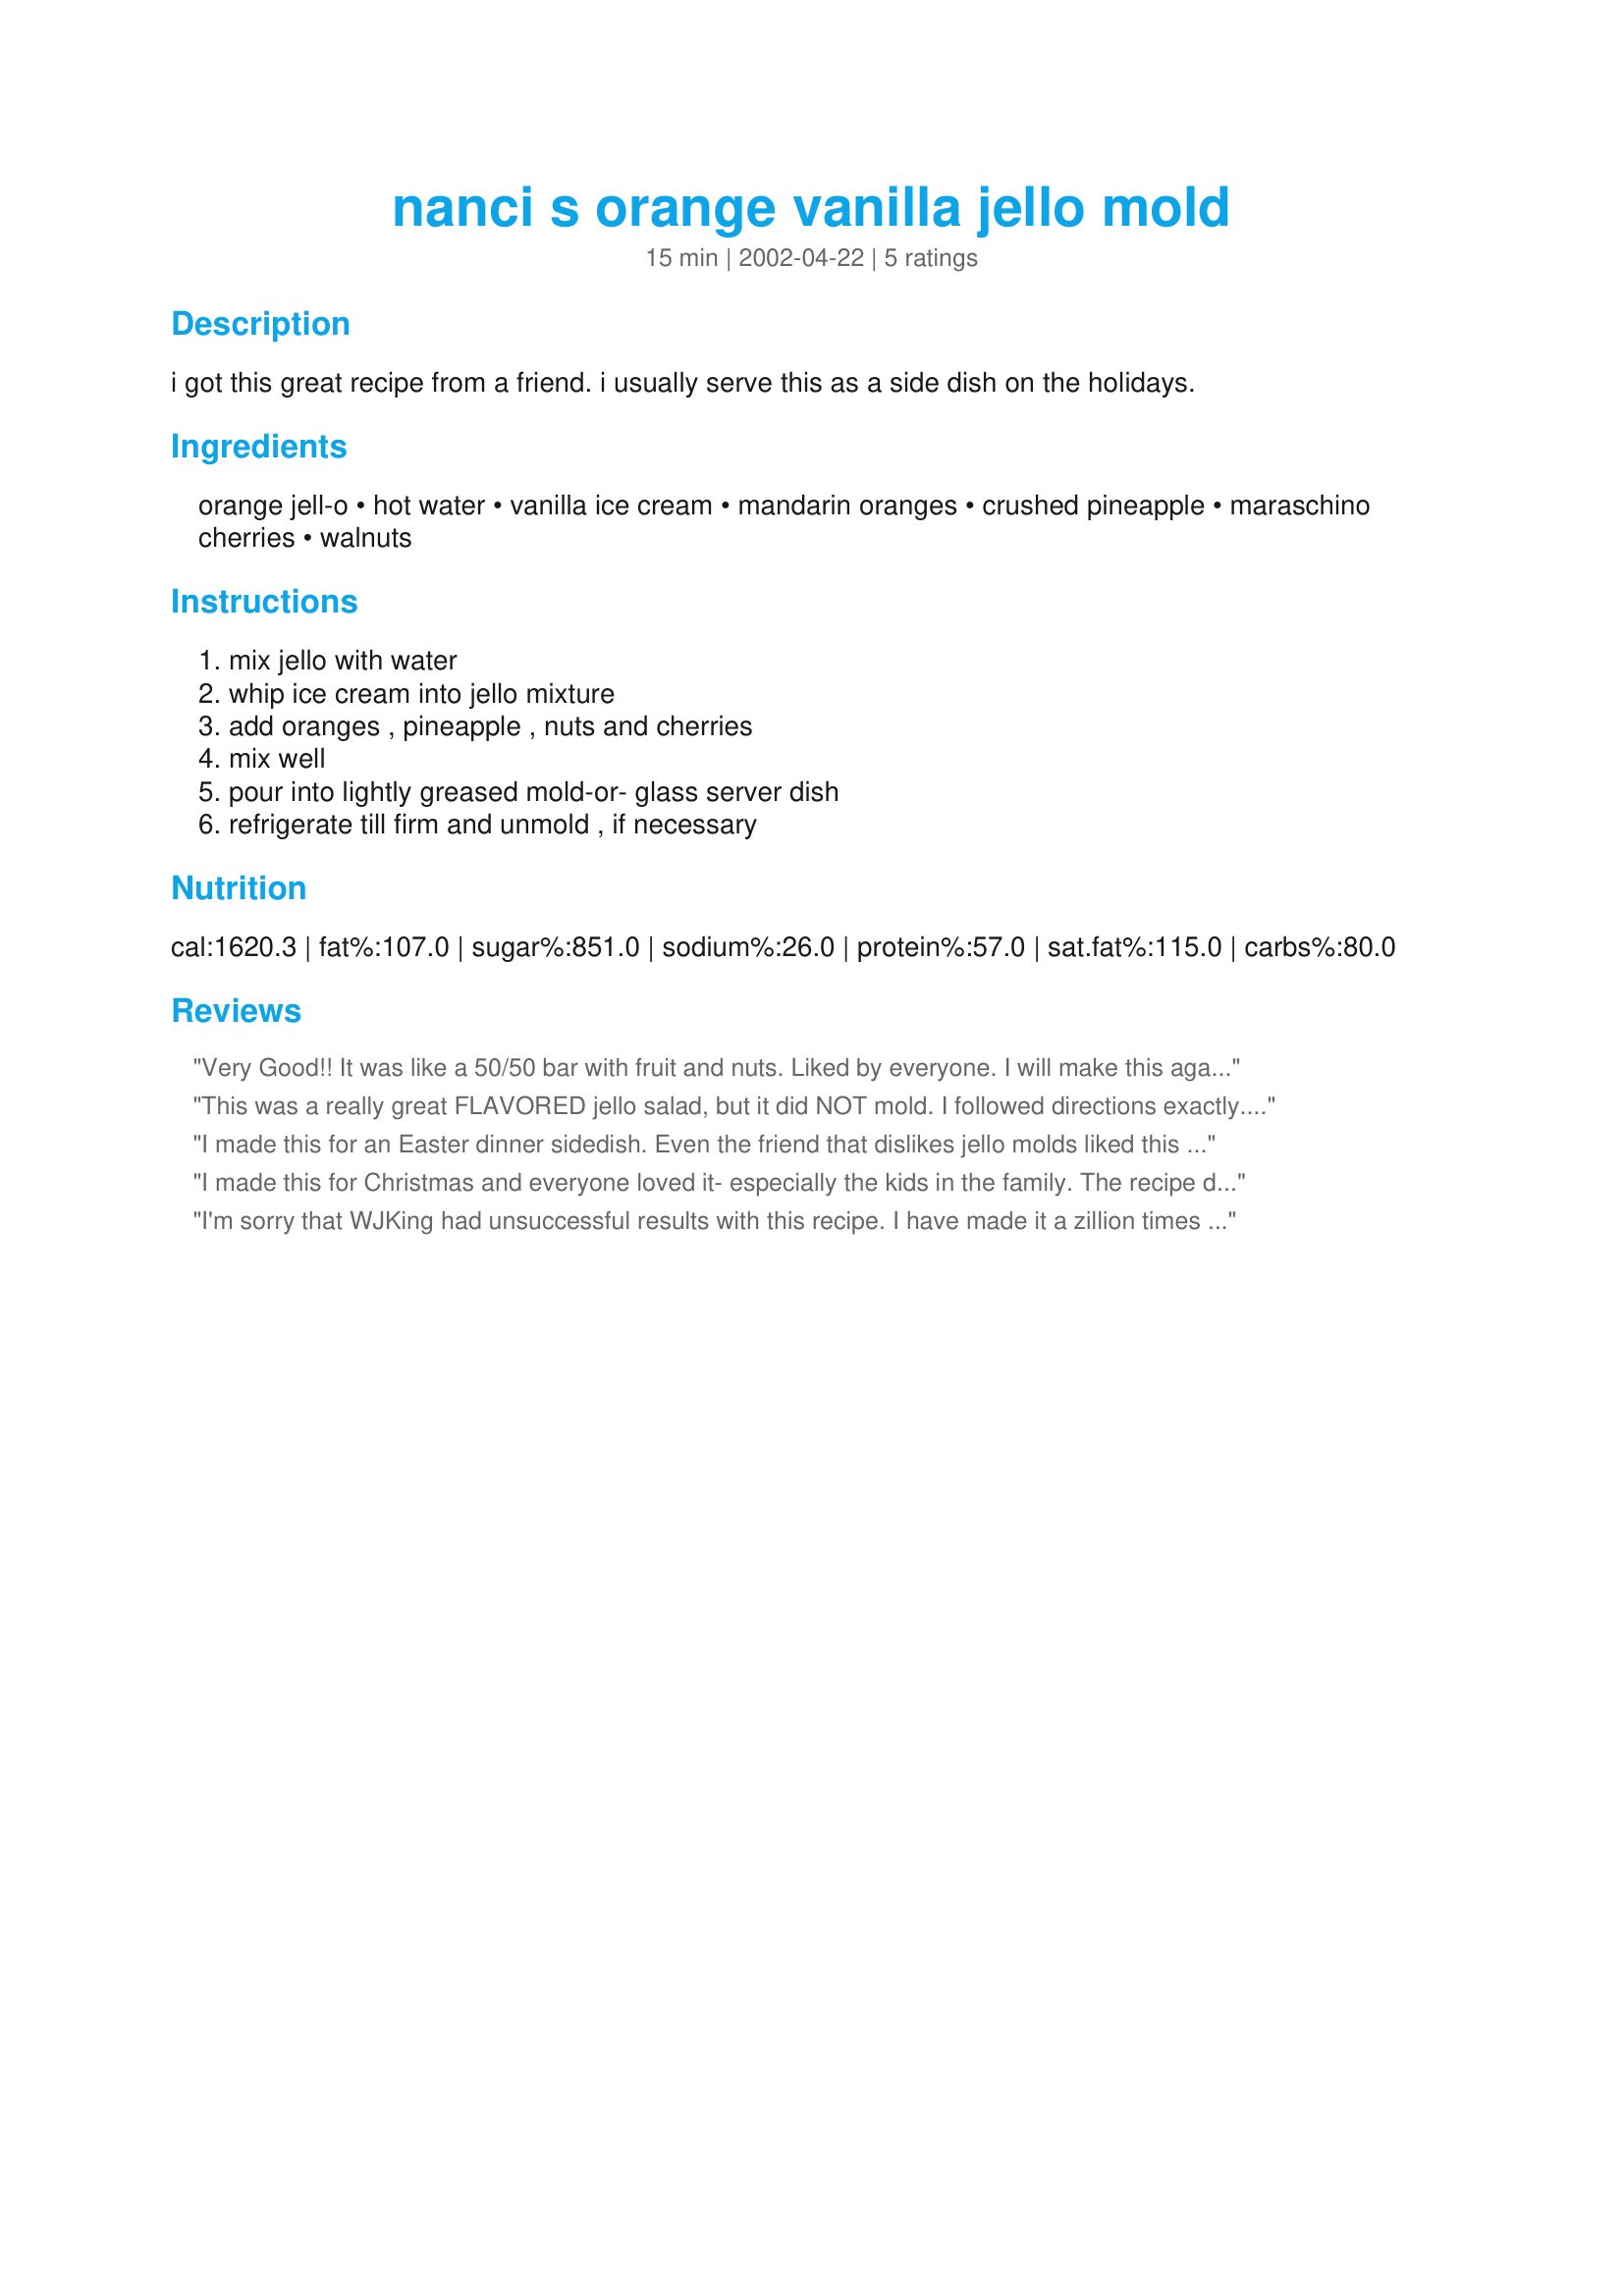
nanci s orange vanilla jello mold
Preparation time: 15 minutes

i got this great recipe from a friend. i usually serve this as a side dish on the holidays.

Ingredients:
orange jell-o, hot water, vanilla ice cream, mandarin oranges, crushed pineapple, maraschino cherries, walnuts

Steps:
mix jello with water, whip ice cream into jello mixture, add oranges , pineapple , nuts and cherries, mix well, pour into lightly greased mold-or- glass server dish, refrigerate till firm and unmold , if necessary

Reviews:
Very Good!! It was like a 50/50 bar with fruit and nuts. 
Liked by everyone. I will make this again. Thank you for a great side dish recipe.
This was a really great FLAVORED jello salad, but it did NOT mold. I followed directions exactly. The only thing I can figure out is that the mandarin oranges & crushed pineapple should've been the smaller can sizes. (I just emailed this question to Recipezaar, so hopefully this will not happen for others.) I was really disappointed. I made this for my DH's Thanksgiving dinner, and it was REALLY soup-y. Maybe it should've been 6 oz. jello? Less fruit?? Dunno - flavor was great, and I will try it again provided the recipe is corrected. Thanks for sharing. The flavor was great! Just disappointing consistency.

I made this for an Easter dinner sidedish. Even the friend that dislikes jello molds liked this one! This did form in the mold for me but it sort of started drooping fairly soon. I liked the fruit and nut combination (not to mention the creamsicle like flavor). Thank you for sharing!
I made this for Christmas and everyone loved it- especially the kids in the family. The recipe didn't specify whether to drain the pineapple but I did anyways. I used low-fat vanilla froxen yogurt to reduce the fat. I will definitely make this again!
I'm sorry that WJKing had unsuccessful results with this recipe. I have made it a zillion times with the same delicious results. I just made it for Thanksgiving and it was delicious...as always.

I reread the recipe and there was an error when it was transposed. It should read.....1 'small' can of crushed pineapple. Perhaps WJ used a large can.

Also, as stated, the mandarin oranges should be drained....perhaps she didn't drain them.

I have molded the recipe but prefer to serve it in a glass brandy sniffer or another glass serving bowl. One less step to think about. 


Please try it again WJ and let me know the results. You thought, perhaps, it should be 6 oz of Jello. No.....a 3 oz package is correct.
